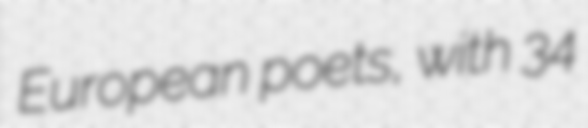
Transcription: European poets, with 34